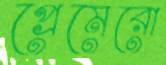
প্রেমেরো